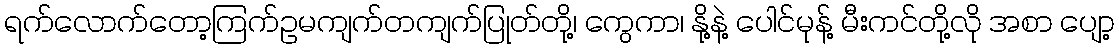
ရက်လောက်တော့ကြက်ဥမကျက်တကျက်ပြုတ်တို့၊ ကွေကာ၊ နို့နဲ့ ပေါင်မုန့် မီးကင်တို့လို အစာ ပျော့